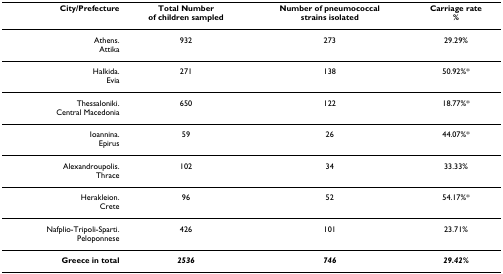
<table><thead><tr><td><b>City/Prefecture</b></td><td><b>Total Numberof children sampled</b></td><td><b>Number of pneumococcalstrains isolated</b></td><td><b>Carriage rate%</b></td></tr></thead><tbody><tr><td>Athens.Attika</td><td>932</td><td>273</td><td>29.29%</td></tr><tr><td>Halkida.Evia</td><td>271</td><td>138</td><td>50.92%*</td></tr><tr><td>Thessaloniki.Central Macedonia</td><td>650</td><td>122</td><td>18.77%*</td></tr><tr><td>Ioannina.Epirus</td><td>59</td><td>26</td><td>44.07%*</td></tr><tr><td>Alexandroupolis.Thrace</td><td>102</td><td>34</td><td>33.33%</td></tr><tr><td>Herakleion.Crete</td><td>96</td><td>52</td><td>54.17%*</td></tr><tr><td>Nafplio-Tripoli-Sparti.Peloponnese</td><td>426</td><td>101</td><td>23.71%</td></tr><tr><td><b>Greece in total</b></td><td><b><i>2536</i></b></td><td><b><i>746</i></b></td><td><b><i>29.42%</i></b></td></tr></tbody></table>